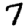
Digit: 7